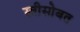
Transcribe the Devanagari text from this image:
स्त्रीसोबत